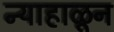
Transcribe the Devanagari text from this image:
न्याहाळून